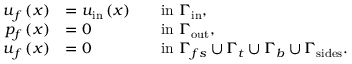
\begin{array} { r l r l } { \boldsymbol { u } _ { f } \left( \boldsymbol { x } \right) } & { = \boldsymbol { u } _ { \mathrm { i n } } \left( \boldsymbol { x } \right) } & & { \mathrm { i n ~ } \Gamma _ { \mathrm { i n } } , } \\ { p _ { f } \left( \boldsymbol { x } \right) } & { = 0 } & & { \mathrm { i n ~ } \Gamma _ { \mathrm { o u t } } , } \\ { \boldsymbol { u } _ { f } \left( \boldsymbol { x } \right) } & { = 0 } & & { \mathrm { i n ~ } \Gamma _ { f s } \cup \Gamma _ { t } \cup \Gamma _ { b } \cup \Gamma _ { \mathrm { s i d e s } } . } \end{array}